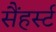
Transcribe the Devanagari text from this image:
सैंहर्स्ट